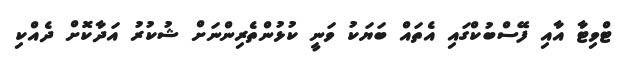
ޓްވިޓާ އާއި ފޭސްބުކްގައި އެތައް ބަޔަކު ވަނީ ކުޅުންތެރިންނަށް ޝުކުރު އަދާކޮށް ދެއްކި